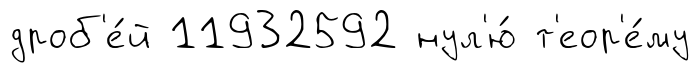
дроб'е́й 11932592 нул'ю́ т'еор'е́му